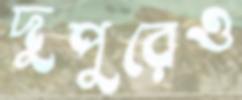
দুপুরেও